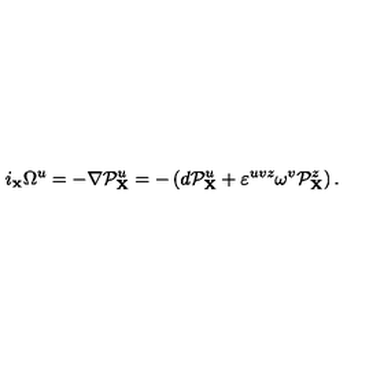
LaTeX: i _ { \scriptscriptstyle { \bf X } } \Omega ^ { u } = - \nabla { \cal P } _ { { \bf X } } ^ { u } = - \left( d { \cal P } _ { { \bf X } } ^ { u } + \varepsilon ^ { u v z } \omega ^ { v } { \cal P } _ { { \bf X } } ^ { z } \right) .